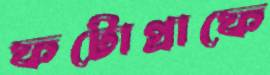
ফটোগ্রাফে